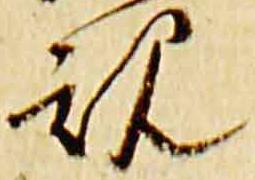
規